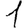
Digit: 1